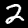
Label: 2